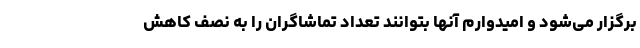
برگزار می‌شود و امیدوارم آنها بتوانند تعداد تماشاگران را به نصف کاهش